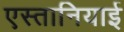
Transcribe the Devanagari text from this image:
एस्तानियाई